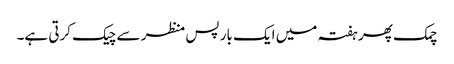
چمک پھر ہفتہ میں ایک بار پس منظر سے چیک کرتی ہے۔